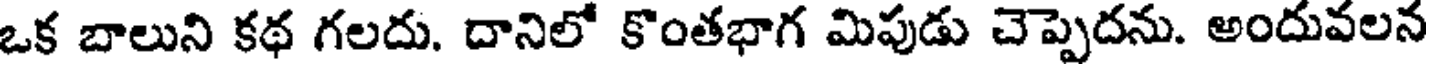
ఒక బాలుని కథ గలదు. దానిలో కొంతభాగ మిపుడు చెప్పెదను. అందువలన